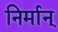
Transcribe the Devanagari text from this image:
निर्मान्